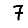
Digit: 7